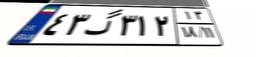
۴۳گ۳۱۲۱۳